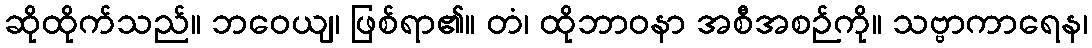
ဆိုထိုက်သည်။ ဘဝေယျ၊ ဖြစ်ရာ၏။ တံ၊ ထိုဘာဝနာ အစီအစဉ်ကို။ သဗ္ဗာကာရေန၊